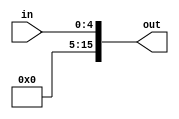
module zero_extend_5b(in, out);

	input  [4:0]  in;
	output [15:0] out;

	assign out[4:0] = in;
	assign out[15:5] = 11'b0;

endmodule